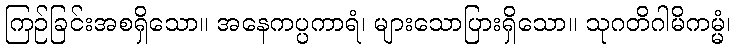
ကြဉ်ခြင်းအစရှိသော။ အနေကပ္ပကာရံ၊ များသောပြားရှိသော။ သုဂတိဂါမိကမ္မံ၊